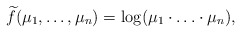
\begin{align*}\widetilde{f}(\mu_1,\ldots,\mu_n) = \log (\mu_1\cdot\ldots \cdot\mu_n),\end{align*}